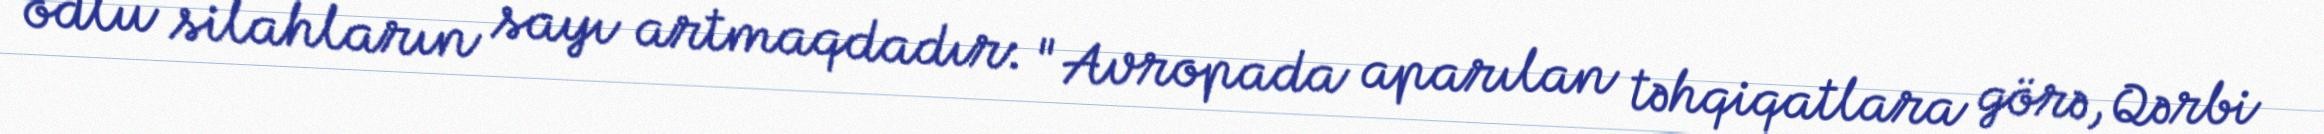
odlu silahların sayı artmaqdadır: "Avropada aparılan təhqiqatlara görə, Qərbi